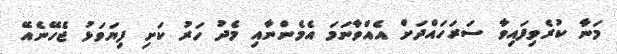
މަނާ ކުރެވިފައިވާ ސަރަހައްދަށް އެއްވާނަމަ އެމެންނާއި މެދު ހަރު ކަށި ފިޔަވަޅު ޖެހޭނެެއޭ